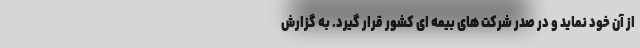
از آن خود نماید و در صدر شرکت های بیمه ای کشور قرار گیرد. به گزارش